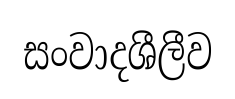
සංවාදශීලීව